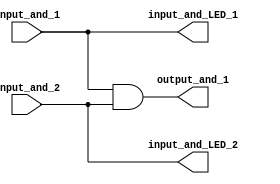
module and_gate_test_and_debug (input_and_1, input_and_2, input_and_LED_1,input_and_LED_2, output_and_1);
// Input Output declaration
output output_and_1 ,input_and_LED_1,input_and_LED_2; 
input input_and_1,input_and_2;

// active input switch led assocation
wire input_and_LED_1 = input_and_1;
wire input_and_LED_2 = input_and_2;

// and gate computation and output
and (output_and_1,  input_and_1, input_and_2);


endmodule